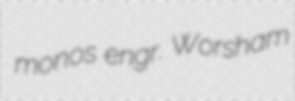
monos engr. Worsham